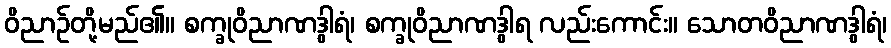
ဝိညာဉ်တို့မည်၏။ စက္ခုဝိညာဏဒွါရံ၊ စက္ခုဝိညာဏဒွါရ လည်းကောင်း။ သောတဝိညာဏဒွါရံ၊